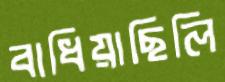
বাধিয়াছিলি